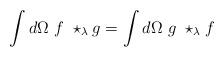
LaTeX: \begin{align*}\int d\Omega \ f \ \star_{\lambda} g= \int d\Omega \ g \ \star_{\lambda} f\end{align*}